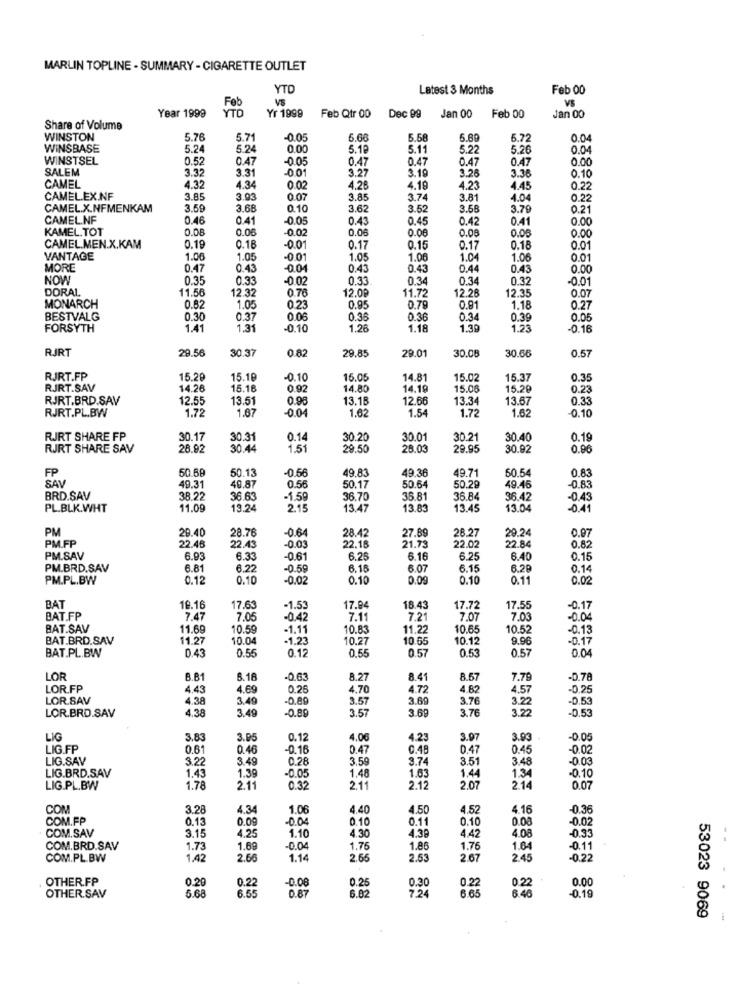
MARLIN TOPLINE - SUMMARY - CIGARETTE OUTLET
YTO
Latest 3 Months
Feb 00
VS
VS
Year 1999
Feb
YTD
Yr 1999
Feb Qtr 00
Dec 99
Jan 00
Feb 00
Jan 00
Share of Volume
WINSTON
5.76
5.71
-0.05
5.60
5.58
5.89
5.72
0.04
WINSBASE
5.24
5.24
0.00
5.19
5.11
5.22
5.26
0.04
WINSTSEL
0.52
0.47
-0.05
0.47
0.47
0.47
0.00
SALEM
3.32
3.31
-001
0.47
3.27
3.19
3.36
3.26
0.10
CAMEL
4.32
4.34
0.0
4.2
4.19
4.23
4.45
0.22
CAMEL.EX.NF
3.85
3.03
0.07
3.85
3.74
3.81
4.04
0.22
CAMEL.X.NFMENKAM
3.59
3.68
0.10
3.62
3.52
3.58
3.79
0.21
CAMEL.NF
0.46
0.41
-0.05
0.43
0.45
0.42
0.41
0.00
KAMEL.TOT
0.08
0.06
0.02
0.00
0.08
0.08
0.0€
0.00
CAMEL.MEN.X.KAM
0.19
0.18
-0.01
0.17
0.15
0.17
0.18
0.01
VANTAGE
1.06
1.05
1.05
1.06
1.04
1.06
0.01
MORE
0.47
0.43
-0.04
0.43
0.43
0.44
0.43
0.00
NOW
0.35
0.33
-0.02
0.33
0.34
0.34
0.32
-0.01
DORAL
11.56
12.32
0.76
12.00
11.72
12.28
12.35
0.0
MONARCH
0.82
1.05
0.23
0.95
0.79
0.81
1.18
0.27
BESTVALG
0.30
0.37
0.0
0.36
0.36
0.34
0.39
0.05
FORSYTH
1.41
1.31
-0.10
1,26
1.18
1.39
1.23
0.16
RJRT
29.56
30.37
0.8
29.85
29.01
30.05
30.66
0.57
RJRT.FP
15.2
15.18
-0.10
15.05
14.8
15.0
15.37
0.35
RJRT.SAV
14.26
15.18
0.92
14.80
14.19
15.06
15.28
0.23
RJRT.BRD.SAV
12.55
13.51
13.18
12.66
13.34
13.67
0.33
RJRT.PL.BW
1.72
1.87
-0.04
1.62
1.54
1.72
1.62
-0.10
RJRT SHARE FP
30.17
30.31
0.14
30.20
30.01
30.21
30.40
0.19
RJRT SHARE SAV
28.92
30.44
1.51
29.50
28.03
29.95
30.92
0.96
FP
50.54
SAV
50.68
50.13
-0.56
49.83
49.36
49.71
0.83
49.3
40.87
0.56
50.17
50.64
50.29
49.46
-0.83
BRD.SAV
38.22
36.63
-1.50
36.70
35.81
36.84
36.42
-0.43
PL.BLK.WHT
11.0
13.24
2.15
13.47
13.83
13.45
13.04
-0.41
PM
29.40
-0.64
29.24
PM.FP
28.76
28.42
27.89
28.27
0.97
22.48
22.43
-0.03
22.18
21.73
22.02
22.84
0.82
PM.SAV
6.93
6.33
-0.61
6.25
6.16
6.25
6.40
0.15
PM.BRD.SAV
6.81
6.22
-0.59
6.15
6.07
6.15
6.2P
0.14
PM.PL.BW
0.12
0.10
-0.02
0.10
0.09
0.10
0.11
0.02
BAT
19.1
17.63
-1.53
17.94
15.43
17.72
17.55
-0.17
BAT.FP
7.47
7.05
-0.4
7.1
7.21
7.07
7.03
-0.04
BAT.SAV
11.69
10.59
-1.11
10.83
11.22
10.65
10.52
-0.13
BAT.BRD.SAV
11.27
10.04
-1.23
10.2
10.65
10.12
9.96
-0.17
BAT.PL.BW
0.5€
0.1
0.55
0.5
0.04
0.43
0.57
0.57
LOR
B.B1
8.18
-0.6
8.27
8.41
8.57
7.79
-0.78
LOR.FP
4.43
4.69
0.26
4,70
4.72
4.82
4.57
-0.25
LOR.SAV
4.38
3.49
-0.89
3.57
3.69
3.76
3.22
-0.53
LOR.BRD.SAV
4.38
3.49
-0.89
3.57
3.69
3.76
3.22
-0.53
LIG
3.83
3.95
0.12
4.06
4.23
3.97
3.93
-0.05
LIG.FP
0.61
0.46
-0.16
0.47
0.48
0.47
0.45
-0.02
LIG.SAV
3.22
3.49
0.28
3.59
3.74
3.51
3.4
-0.03
LIG.BRD.SAV
1.44
1.43
1.39
-0.05
1.48
1.63
1.34
-0.10
LIG.PL.BW
1.78
2.1
0.3
2.11
2.12
2.07
21
0.07
COM
3.28
4.34
1.06
4.40
4.50
4.52
4.16
0.36
COM.FP
0.13
0.09
-0.04
0.10
0.11
0.10
0.08
-0.02
3.15
4.30
4.42
4.08
COM.SAV
4.25
1.10
4.39
-0.33
COM.BRD.SAV
1.73
1.69
-0.04
1.75
1.86
1.75
1.64
-0.11
COM.PL. BW
1.42
2.66
1.14
2.65
2.53
2.67
2.45
-0.22
OTHER.FP
0.20
0.22
-0.0
0.25
0.22
0.22
0.00
5.68
6.55
0.87
6.0
0.30
6.65
6.46
-0.19
OTHER.SAV
724
53023 9069